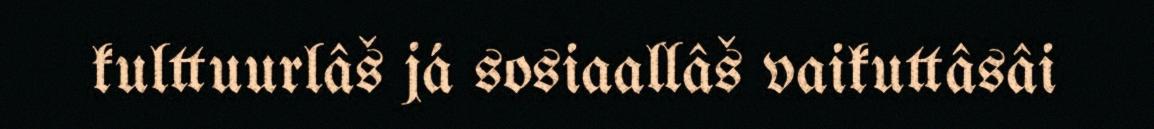
kulttuurlâš já sosiaallâš vaikuttâsâi